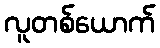
လူတစ်ယောက်